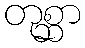
တုစ္ဆာ